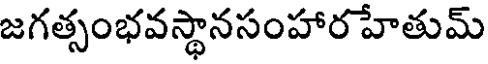
జగత్సంభవస్థానసంహారహేతుమ్